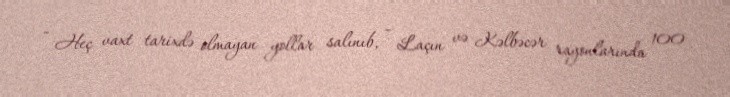
- Heç vaxt tarixdə olmayan yollar salınıb, - Laçın və Kəlbəcər rayonlarında 100